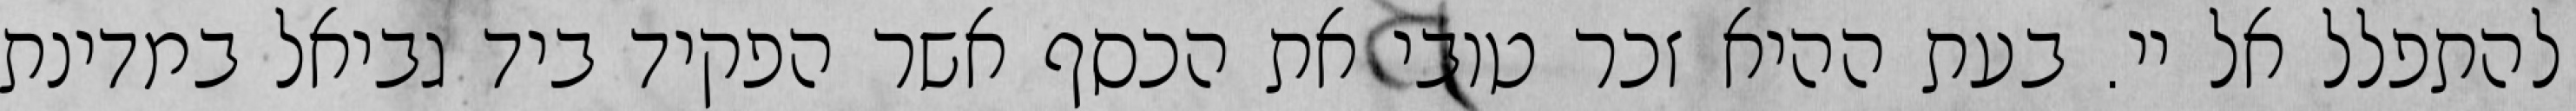
להתפלל אל יי. בעת ההיא זכר טובי את הכסף אשר הפקיד ביד גביאל במדינת